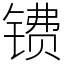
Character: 镄